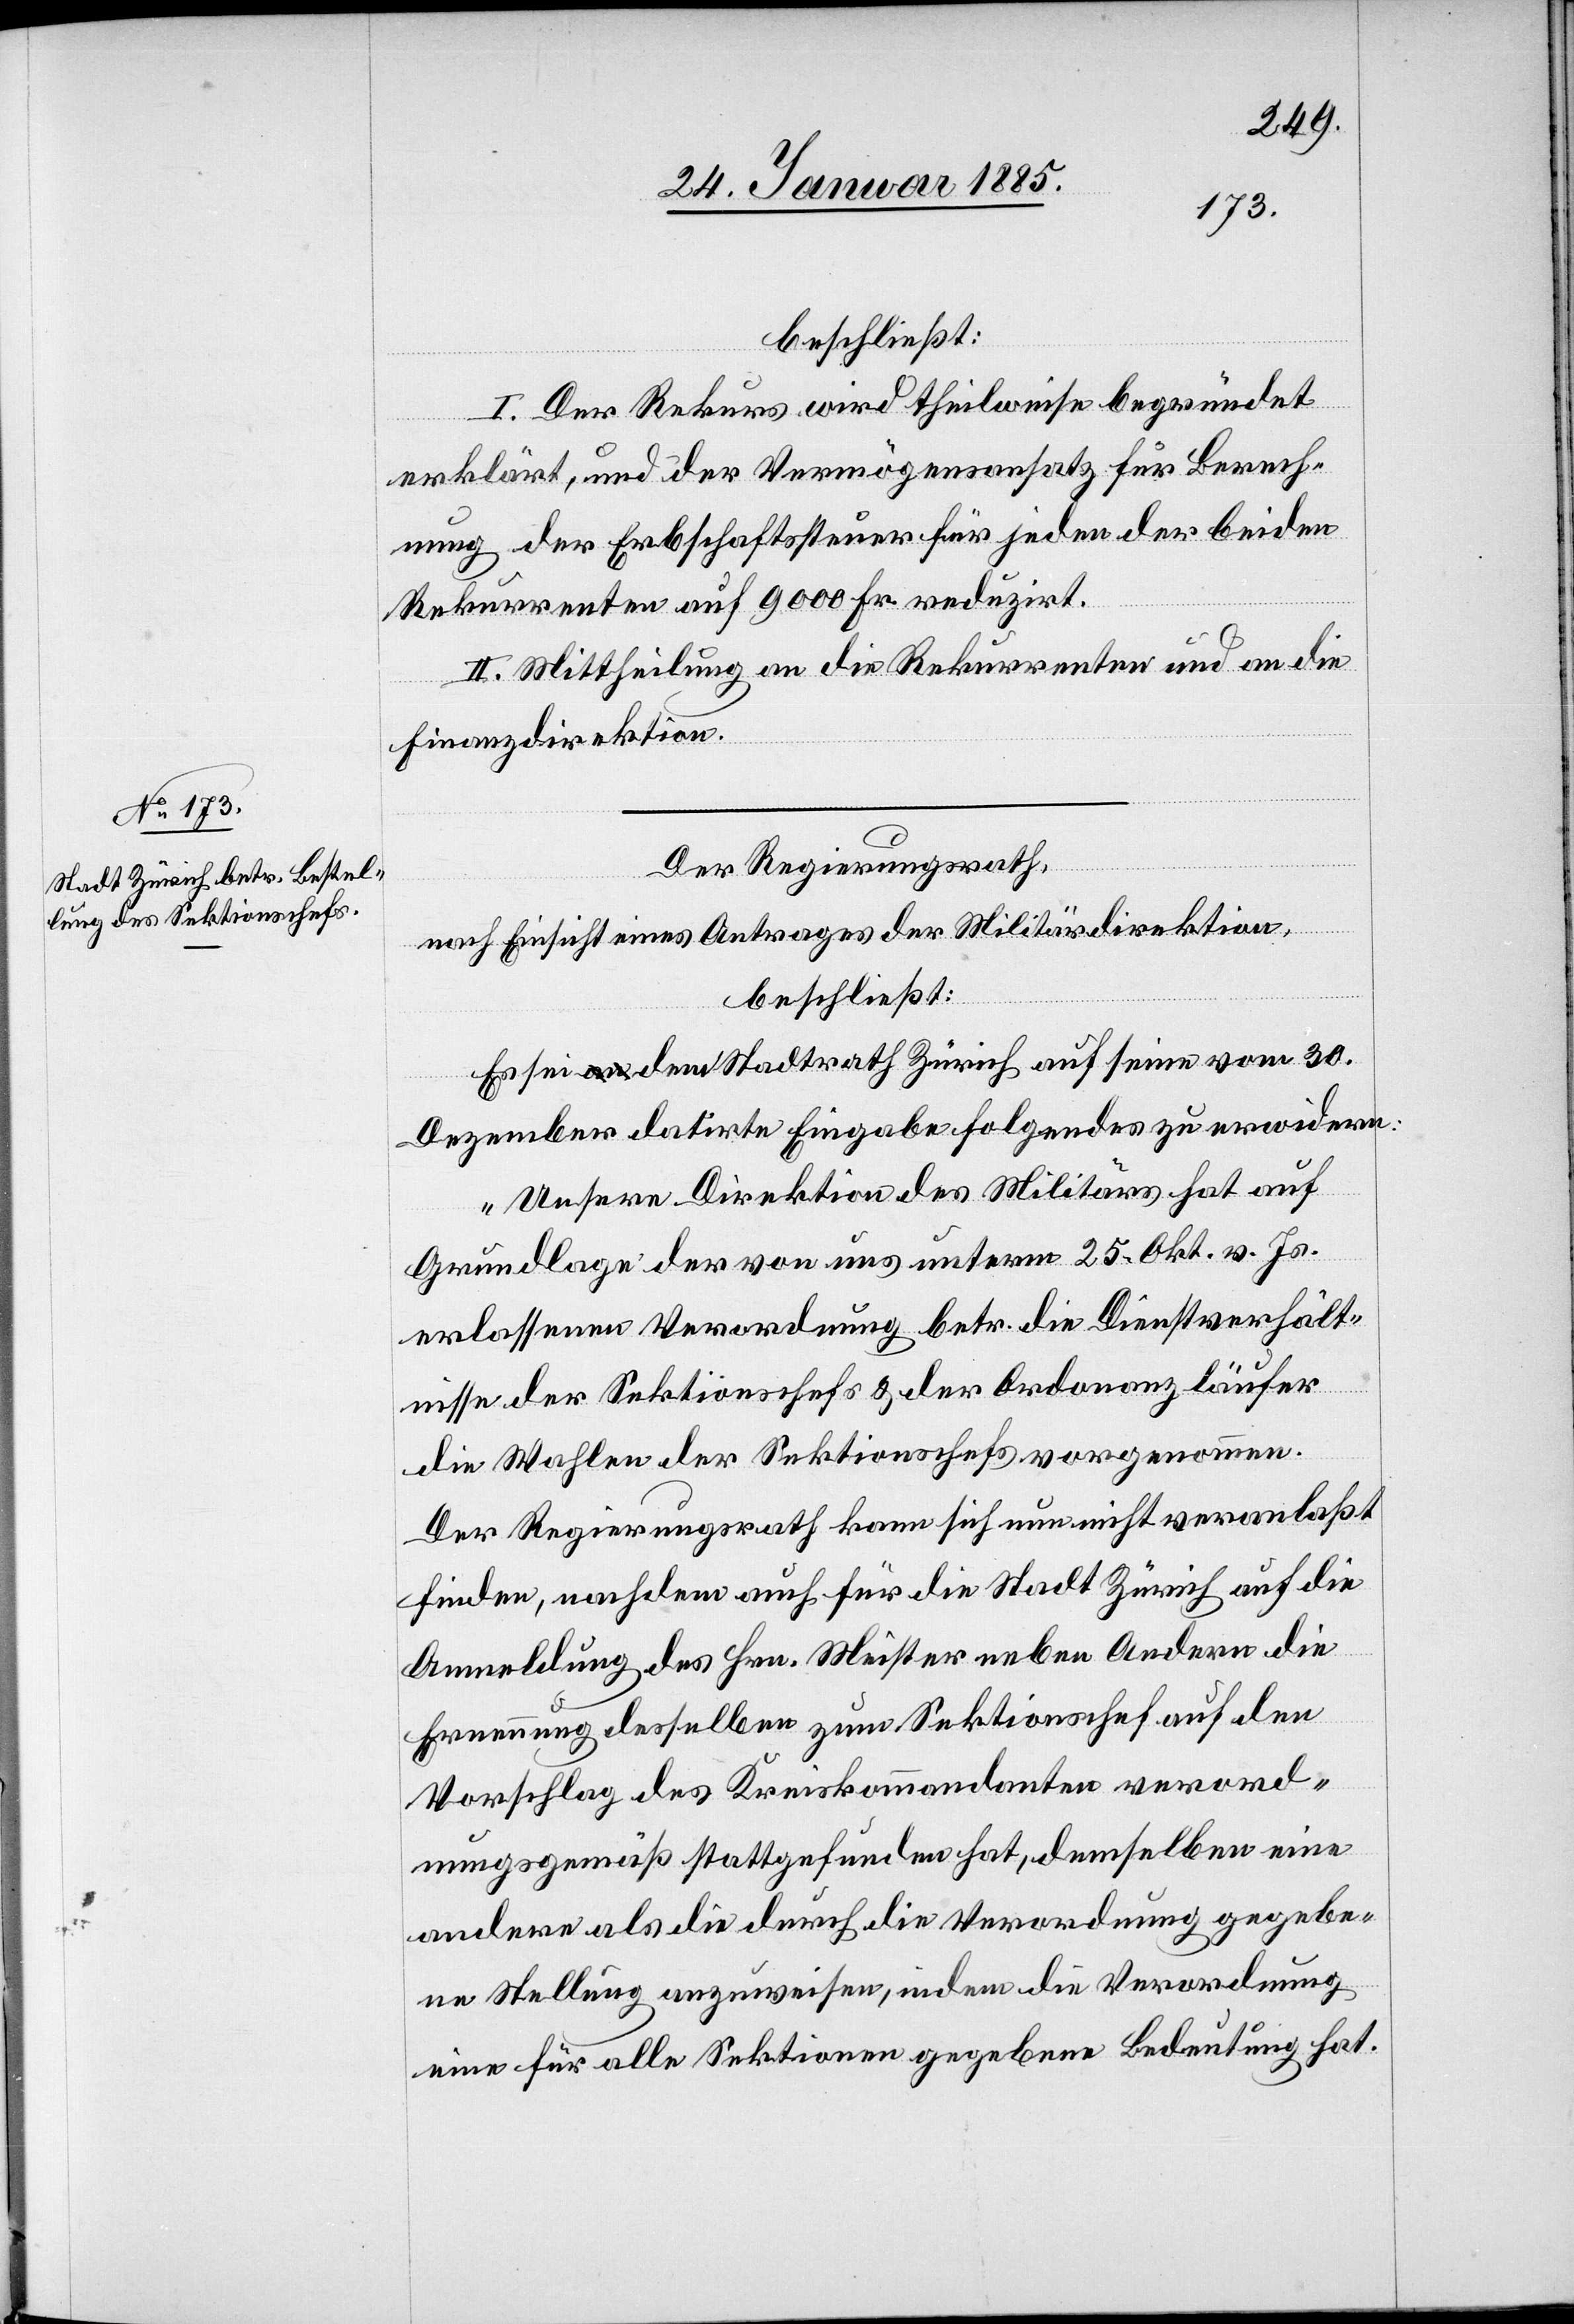
beschließt:
I. Der Rekurs wird theilweise begründet
erklärt, und der Vermögensansatz für Berech¬
nung der Erbschaftssteuer für jeden der beiden
Rekurrenten auf 9000 Fr. reduzirt.
II. Mittheilung an die Rekurrenten und an die
Finanzdirektion.
Der Regierungsrath,
nach Einsicht eines Antrages der Militärdirektion,
beschließt:
Es sei dem Stadtrath Zürich auf seine vom 30.
Dezember datirte Eingabe folgendes zu erwidern:
„Unsere Direktion des Militärs hat auf
Grundlage der von uns unterm 25. Okt. v. Js.
erlassenen Verordnung betr. die Dienstverhält¬
nisse der Sektionschefs & der Ordonanzläufer
die Wahlen der Sektionschefs vorgenommen.
Der Regierungsrath kann sich nun nicht veranlaßt
finden, nachdem auch für die Stadt Zürich auf die
Anmeldung des Hrn. Meister neben Andern die
Ernennung desselben zum Sektionschef auf den
Vorschlag des Kreiskommandanten verord¬
nungsgemäß stattgefunden hat, demselben eine
andere als die durch die Verordnung gegebe¬
ne Stellung anzuweisen, indem die Verordnung
eine für alle Sektionen gegebene Bedeutung hat.